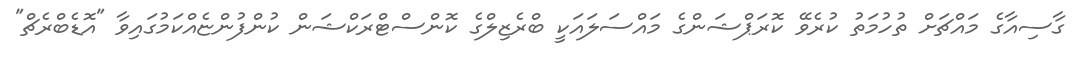
ގާސިއާގެ މައްޗަށް ތުހުމަތު ކުރެވޭ ކޮރަޕްޝަންގެ މައްސަލައަކީ ބްރެޒިލްގެ ކޮންސްޓްރަކްޝަން ކުންފުންޏެއްކަމުގައިވާ "އޮޑެބްރެޗް"